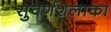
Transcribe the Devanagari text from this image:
सुवर्णशलाका